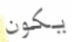
يكون